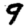
Digit: 9